Scottish Education Department, 1929
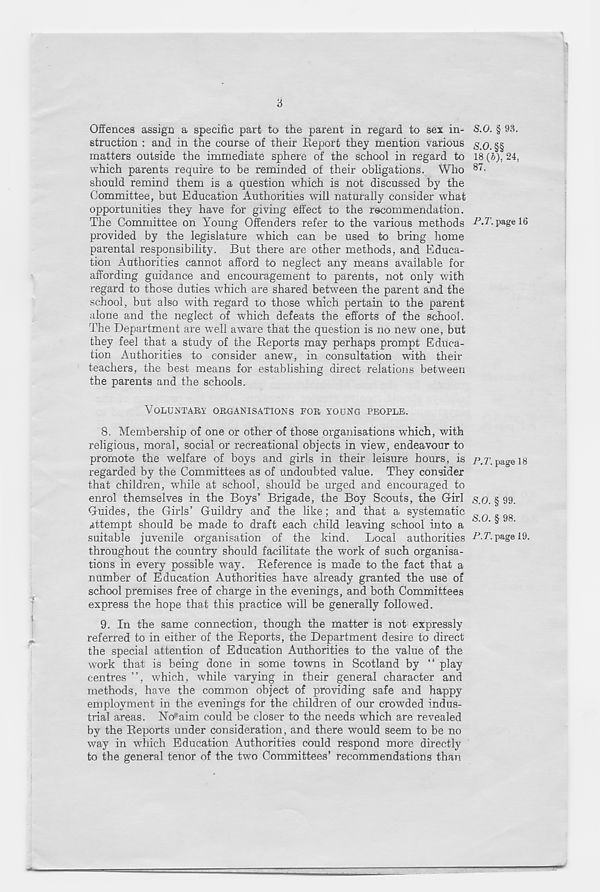
3
Offences assign a specific part to the parent in regard to sex in-
struction : and in the course of their Report they mention various
matters outside the immediate sphere of the school in regard to
which parents require to be reminded of their obligations. Who
should remind them is a question which is not discussed by the
Committee, but Education Authorities will naturally consider what
opportunities they have for giving effect to the recommendation.
The Committee on Young Offenders refer to the various methods
provided by the legislature which can be used to bring home
parental responsibility. But there are other methods, and Educa-
tion Authorities cannot afford to neglect any means available for
affording guidance and encouragement to parents, not only with
regard to those duties which are shared between the parent and the
school, but also with regard to those which pertain to the parent
alone and the neglect of which defeats the efforts of the school.
The Department are well aware that the question is no new one, but
they feel that a study of the Reports may perhaps prompt Educa-
tion Authorities to consider anew, in consultation with their
teachers, the best means for establishing direct relations between
the parents and the schools.
VOLUNTARY ORGANISATIONS FOR YOUNG PEOPLE.
8. Membership of one or other of those organisations which, with
religious, moral, social or recreational objects in view, endeavour to
promote the welfare of boys and girls in their leisure hours, is /\7’. page 18
regarded by the Committees as of undoubted value. They consider
that children, while at school, should be urged and encouraged to
enrol themselves in the Boys’ Brigade, the Boy Scouts, the Girl g.O. § 99.
Guides, the Girls’ Guildry and the like; and that a systematic ^ ^
attempt should be made to draft each child leaving school into a ‘ ‘ s
suitable juvenile organisation of the kind. Local authorities ^’.7’. page 19.
throughout the country should facilitate the work of such organisa-
tions in every possible way. Reference is made to the fact that a
number of Education Authorities have already granted the use of
school premises free of charge in the evenings, and both Committees
express the hope that this practice will be generally followed.
9. In the same connection, though the matter is not expressly
referred to in either of the Reports, the Department desire to direct
the special attention of Education Authorities to the value of the
work that is being done in some towns in Scotland by “ play
centres ”, which, while varying in their general character and
methods, have the common object of providing safe and happy
employment in the evenings for the children of our crowded indus-
trial areas. No*aim could be closer to the needs which are revealed
by the Reports under consideration, and there would seem to be no
way in which Education Authorities could respond more directly
to the general tenor of the two Committees’ recommendations than
S.O. § 93.
S.O. §§
18 (6), 24,
87.
P.T. page 16